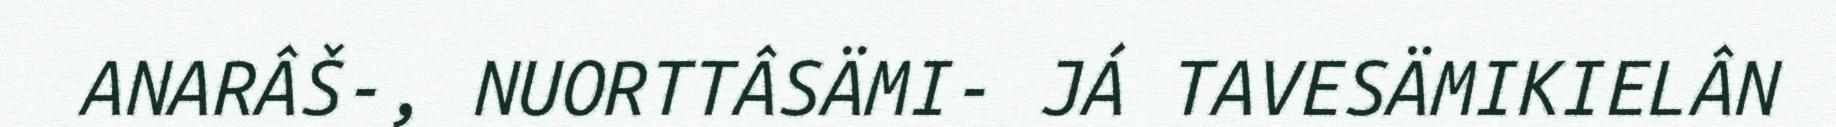
ANARÂŠ-, NUORTTÂSÄMI- JÁ TAVESÄMIKIELÂN